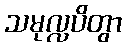
သမုလ္လပိတွာ